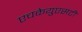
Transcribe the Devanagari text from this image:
एचकेयुएसटी